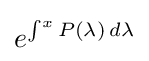
e^{\int ^{x}P(\lambda )\,d\lambda }